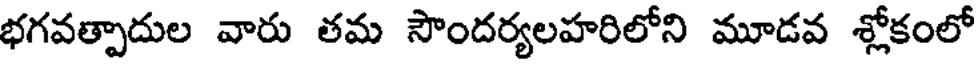
భగవత్పాదుల వారు తమ సౌందర్యలహరిలోని మూడవ శ్లోకంలో